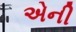
એની